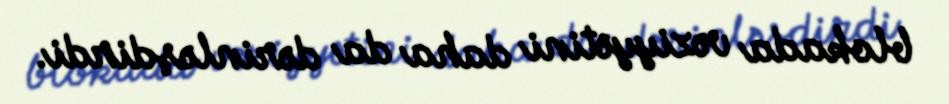
blokada vəziyyətini daha da dərinləşdirdi.